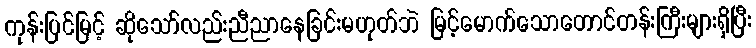
ကုန်းပြင်မြင့် ဆိုသော်လည်းညီညာနေခြင်းမဟုတ်ဘဲ မြင့်မောက်သောတောင်တန်းကြီးများရှိပြီး